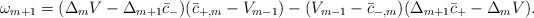
\begin{align*} \omega_{m+1}=(\Delta_mV-\Delta_{m+1}\bar{c}_-)(\bar{c}_{+,m}-V_{m-1})-(V_{m-1}-\bar{c}_{-,m})(\Delta_{m+1}\bar{c}_+-\Delta_mV).\end{align*}